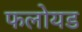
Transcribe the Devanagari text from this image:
फलोयड